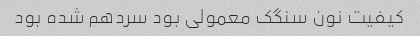
کیفیت نون سنگک معمولی بود سردهم شده بود